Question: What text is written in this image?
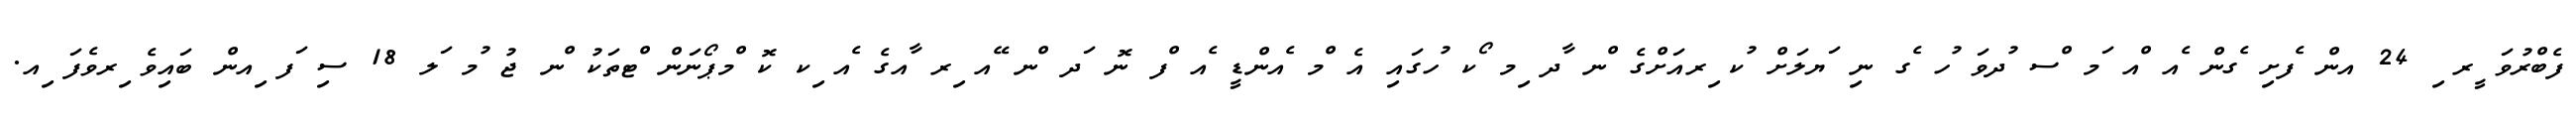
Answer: ފެބްރުވަ ީރ ި 24 އން ެފށި ެގން ެއ ްއ ަމ ްސ ުދވަ ުހ ެގ ނި ަޔލަށް ުކ ިރއަށްގެ ްނ ާދ ިމ ޯކ ުހގައި އެ ްމ ެއންޑީ ެއ ްފ ނޮ ަދ ްނ ޭއ ިރ ާއގެ ެއ ިކ ކޮ ްމޕޯނަން ްޓތަކު ްނ ޖު ުމ ަލ 18 ސި ަފ ިއން ބައިވެ ިރވެފަ ިއ.